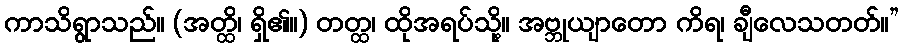
ကာသိရွာသည်။ (အတ္ထိ၊ ရှိ၏။) တတ္ထ၊ ထိုအရပ်သို့။ အဗ္ဘုယျာတော ကိရ၊ ချီလေသတတ်။”